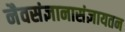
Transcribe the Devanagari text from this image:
नैवसंज्ञानासंज्ञायतन